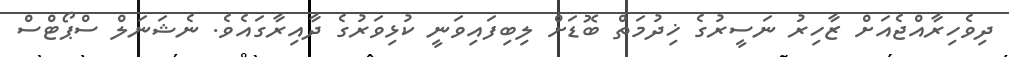
ދިވެހިރާއްޖެއަށް ޒާހިރު ނަސީރުގެ ޚިދުމަތް ބޮޑަށް ލިބިފައިވަނީ ކުޅިވަރުގެ ދާއިރާގައެވެ. ނެޝަނަލް ސްޕޯޓްސް